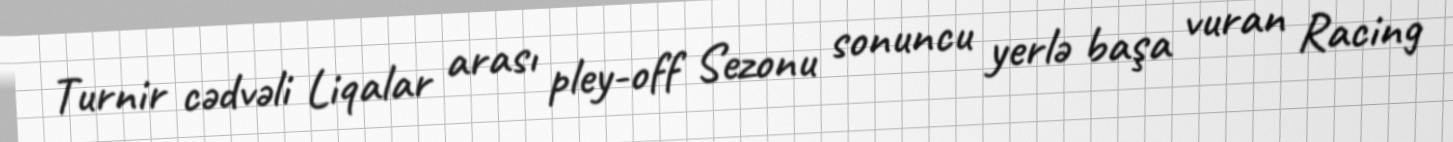
Turnir cədvəli Liqalar arası pley-off Sezonu sonuncu yerlə başa vuran Racing